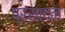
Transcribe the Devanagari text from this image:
प्रसादन